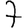
Digit: 7